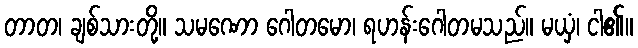
တာတ၊ ချစ်သားတို့။ သမဏော ဂေါတမော၊ ရဟန်းဂေါတမသည်။ မယှံ၊ ငါ၏။